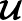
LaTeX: \mathbfcal{U}